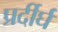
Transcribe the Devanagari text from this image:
प्रर्दीर्घ